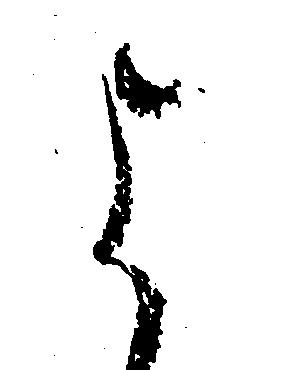
よ